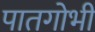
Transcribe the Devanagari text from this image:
पातगोभी